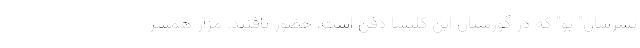
پسرشان" بو" که در گورستان این کلیسا دفن است، حضور یافتند. مزار همسر